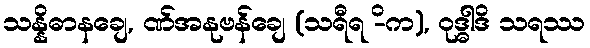
သန္နိဓာနချေ, ဏ်အနုဗန်ချေ (သရီရ -ိက), ဝုဒ္ဓါဒိ သရဿ